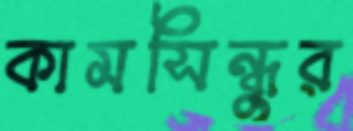
কামসিন্ধুর